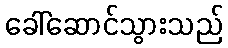
ခေါ်ဆောင်သွားသည်